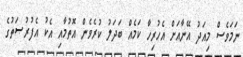
ނަމަވެސް މިއަދު އޭނާއަށް އެހުރިހާ ކަމެއް ބަދަލު ކުރެވެން އޮތުމާއި އެކު އެފުރުޞަތުގެ